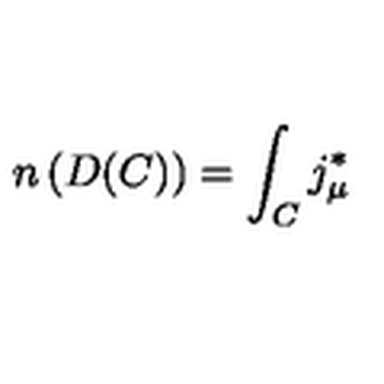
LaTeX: n \left( D ( C ) \right) = \int _ { C } j _ { \mu } ^ { * }